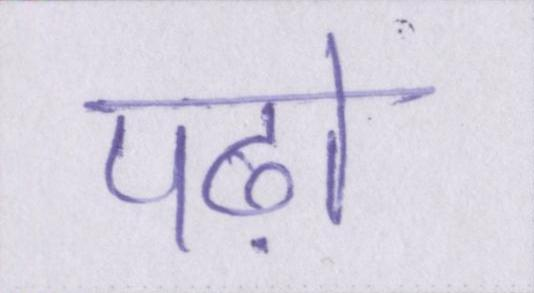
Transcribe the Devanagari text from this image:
पढ़ो